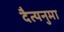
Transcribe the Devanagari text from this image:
दैत्यनुमा